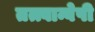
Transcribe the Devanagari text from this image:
तत्त्वान्वेषी